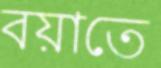
বয়াতে